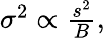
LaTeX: \begin{array}{r}{\sigma^{2}\propto\frac{s^{2}}{B},}\end{array}